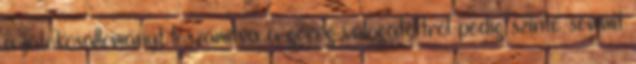
a játékosállományt leszámítva a görög válogatottról pedig szinte semmit